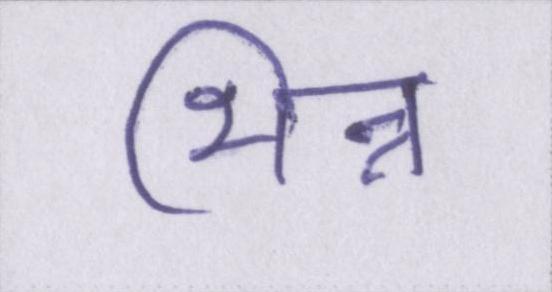
भिन्न